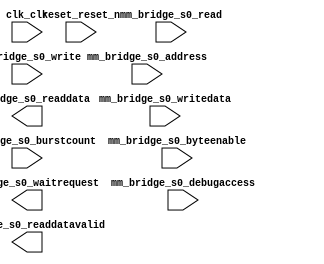

module avalon_sysctrl (
	clk_clk,
	reset_reset_n,
	mm_bridge_s0_waitrequest,
	mm_bridge_s0_readdata,
	mm_bridge_s0_readdatavalid,
	mm_bridge_s0_burstcount,
	mm_bridge_s0_writedata,
	mm_bridge_s0_address,
	mm_bridge_s0_write,
	mm_bridge_s0_read,
	mm_bridge_s0_byteenable,
	mm_bridge_s0_debugaccess);	

	input		clk_clk;
	input		reset_reset_n;
	output		mm_bridge_s0_waitrequest;
	output	[31:0]	mm_bridge_s0_readdata;
	output		mm_bridge_s0_readdatavalid;
	input	[0:0]	mm_bridge_s0_burstcount;
	input	[31:0]	mm_bridge_s0_writedata;
	input	[23:0]	mm_bridge_s0_address;
	input		mm_bridge_s0_write;
	input		mm_bridge_s0_read;
	input	[3:0]	mm_bridge_s0_byteenable;
	input		mm_bridge_s0_debugaccess;
endmodule